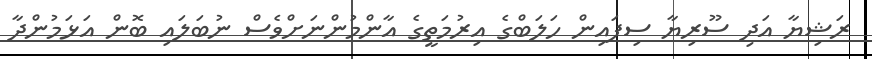
ރަޝިޔާ އަދި ސޫރިޔާ ސިފައިން ހަލަބްގެ އިރުމަތީގެ އާންމުންނަށްވެސް ނުބަލައި ބޮން އަޅަމުންދާ